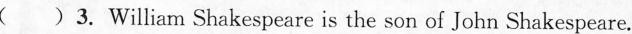
( ) 3. William Shakespeare is the son of John Shakespeare.